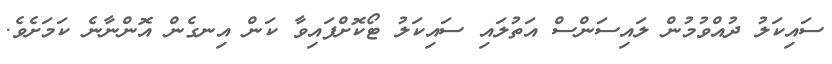
ސައިކަލު ދުއްވުމުން ލައިސަންސް އަތުލައި ސައިކަލު ޓޯކޮށްފައިވާ ކަން އިނގެން އޮންނާނެ ކަމަށެވެ.